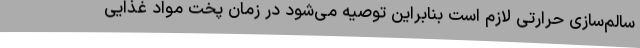
سالم‌سازی حرارتی لازم است بنابراین توصیه می‌شود در زمان پخت مواد غذایی